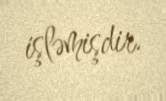
işləmişdir.